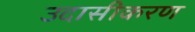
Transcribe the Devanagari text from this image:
उदासीकरण